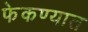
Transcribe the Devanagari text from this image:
फेकण्यात